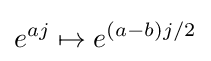
e^{aj}\mapsto e^{(a-b)j/2}